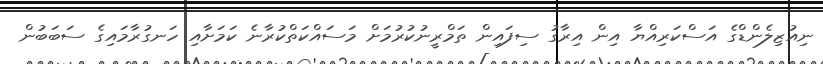
ނިއުޒިލެންޑްގެ އަސްކަރިއްޔާ އިން އިރާގު ސިފައިން ތަމްރީނުކުރުމަށް މަސައްކަތްކުރާނެ ކަމަށާއި ހަނގުރާމައިގެ ސަބަބުން